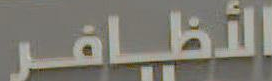
الأظافر